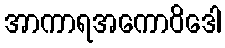
အာကာရအကောဝိဒေါ